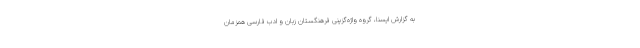
به گزارش ایسنا، گروه واژه‌گزینی فرهنگستان زبان و ادب فارسی همزمان